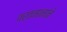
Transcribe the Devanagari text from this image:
वर्तमानाने